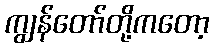
ကျွန်တော်တို့ကတော့